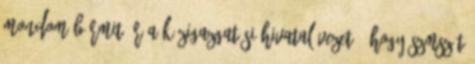
mondom bármit ír a Közigazgatási Hivatal vezető, hogy SZMSZ-t